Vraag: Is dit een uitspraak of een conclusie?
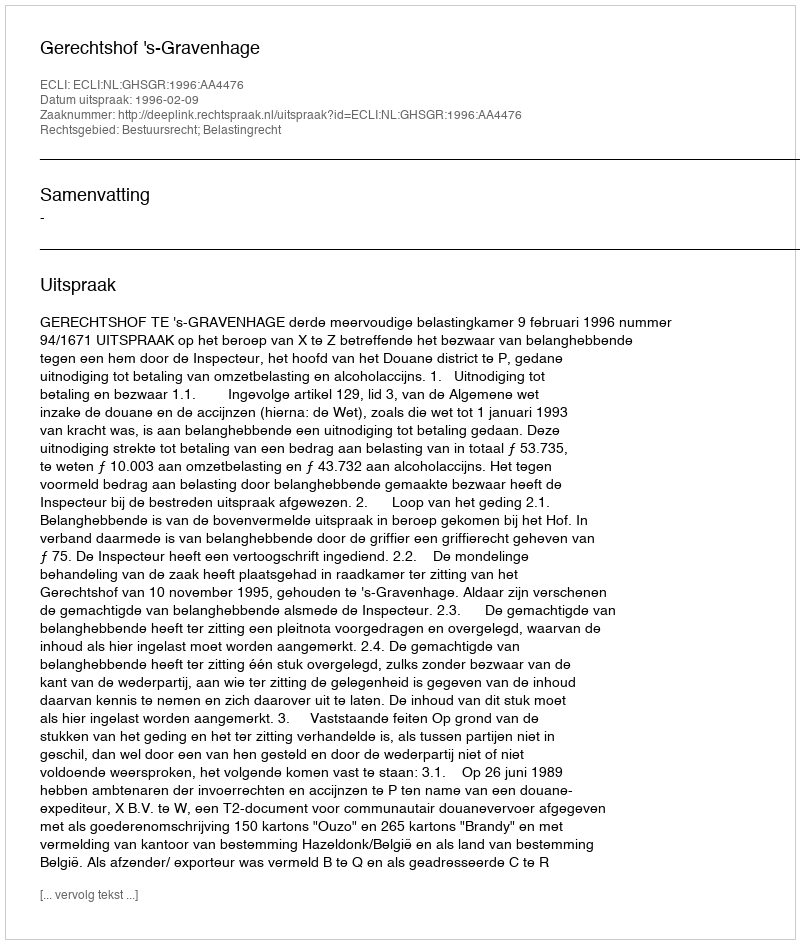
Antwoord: Uitspraak